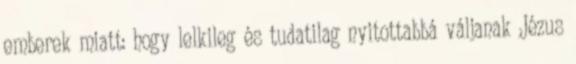
emberek miatt: hogy lelkileg és tudatilag nyitottabbá váljanak Jézus